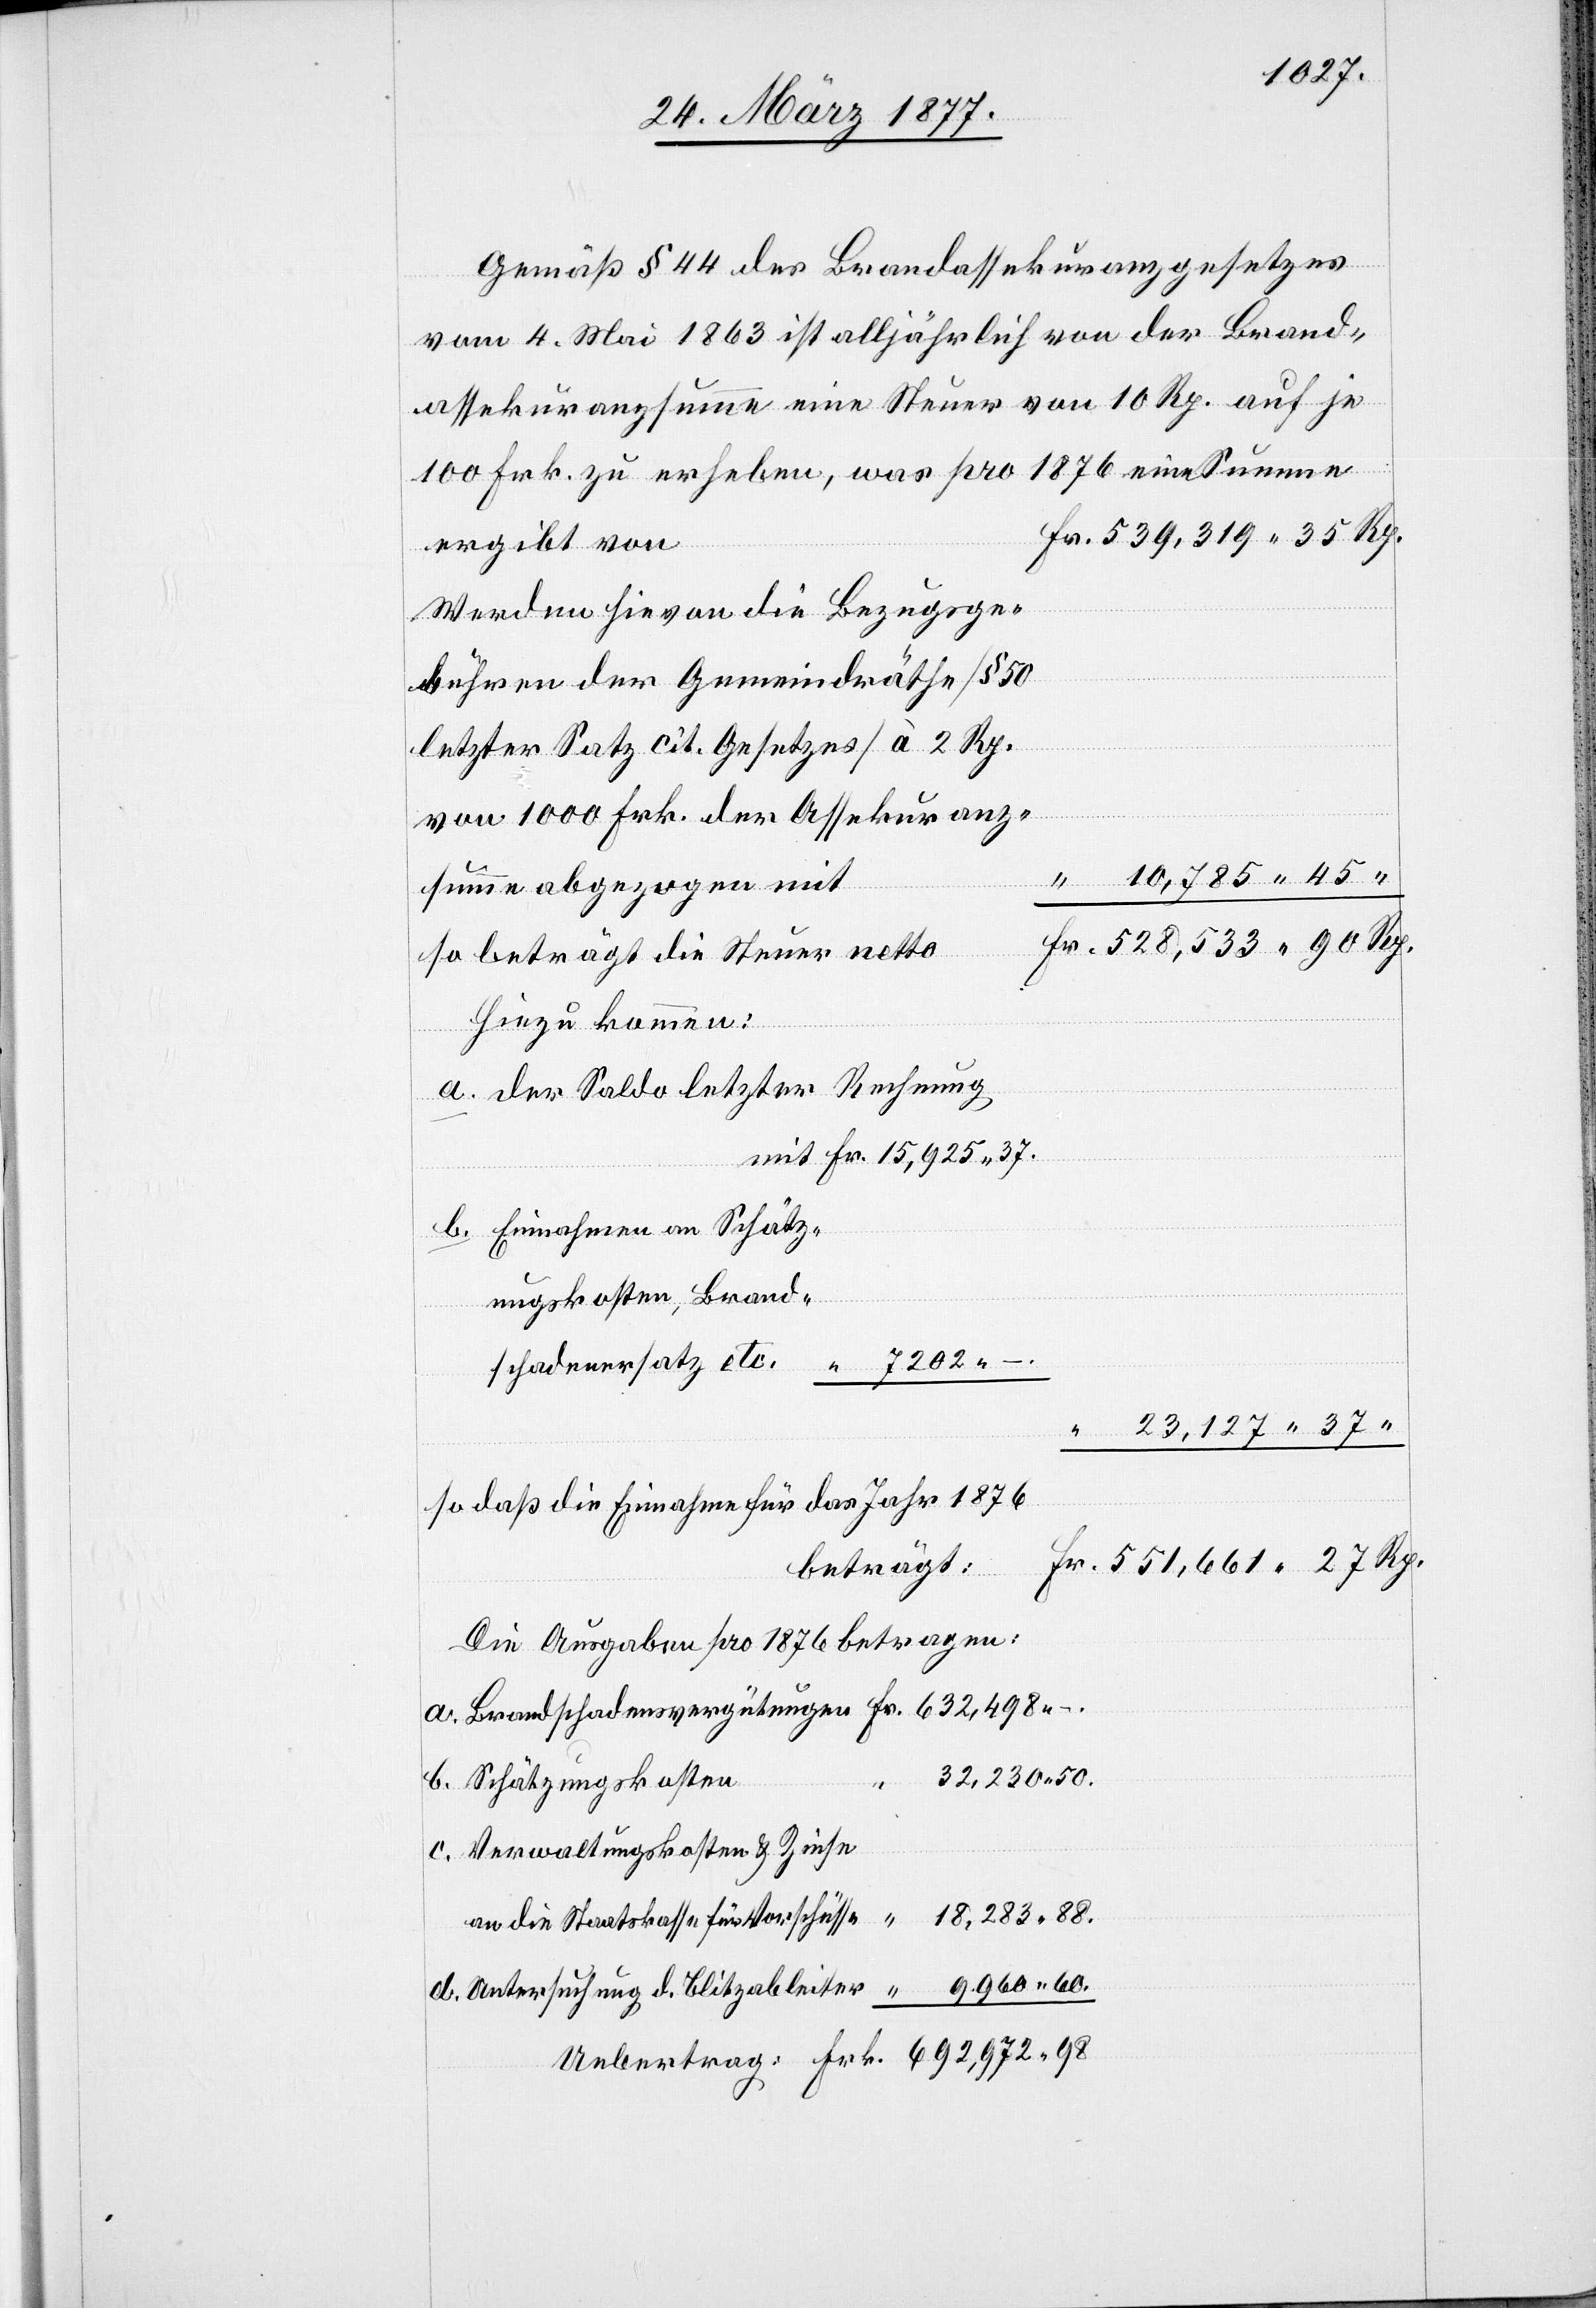
Gemäß § 44 des Brandassekuranzgesetzes
vom 4. Mai 1863 ist alljährlich von der Brand¬
assekuranzsumme eine Steuer von 10 Rp. auf je
mit
100 Frk. zu erheben, was pro 1876 eine Summe
ergibt von
Werden hievon die Bezugsge¬
bühren der Gemeindräthe [§ 50
letzter Satz cit. Gesetzes] à 2 Rp.
Frk.
von 1000 Frk. der Assekuranz¬
summe abgezogen mit
so beträgt die Steuer netto
hinzu kommen:
a. der Saldo letzter Rechnung
b. Einnahmen an Schätz¬
ungskosten, Brand¬
so daß die Einnahme für das Jahr 1876
beträgt:
Die Ausgaben pro 1876 betragen:
Fr.
b. Schätzungskosten
“
c. Verwaltungskosten & Zinse